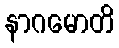
နာဂမောတိ